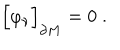
\Bigr [ \varphi _ { \nu } \Bigr ] _ { \partial M } = 0 \; .